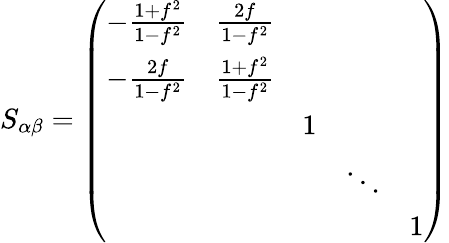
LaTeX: S_{\alpha\beta}=\left(\begin{array}{ccccc}{{-\frac{1+f^{2}}{1-f^{2}}}}&{{\frac{2f}{1-f^{2}}}}&{{}}&{{}}&{{}}\\ {{-\frac{2f}{1-f^{2}}}}&{{\frac{1+f^{2}}{1-f^{2}}}}&{{}}&{{}}&{{}}\\ {{}}&{{}}&{{1}}&{{}}&{{}}\\ {{}}&{{}}&{{}}&{{\ddots}}&{{}}\\ {{}}&{{}}&{{}}&{{}}&{{1}}\end{array}\right)